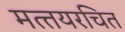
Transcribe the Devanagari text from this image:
मत्‍तयरचित